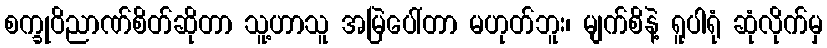
စက္ခုဝိညာဏ်စိတ်ဆိုတာ သူ့ဟာသူ အမြဲပေါ်တာ မဟုတ်ဘူး၊ မျက်စိနဲ့ ရူပါရုံ ဆုံလိုက်မှ